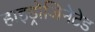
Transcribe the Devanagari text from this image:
हाइड्रोजिनेटेड